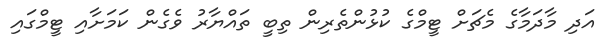
އަދި މާދަމާގެ މެޗަށް ޓީމްގެ ކުޅުންތެރިން ތިބީ ތައްޔާރު ވެގެން ކަމަށާއި ޓީމްގައި